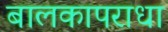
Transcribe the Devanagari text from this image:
बालकापराधा